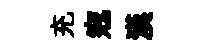
充𡨥漢